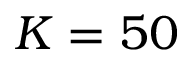
K = 5 0